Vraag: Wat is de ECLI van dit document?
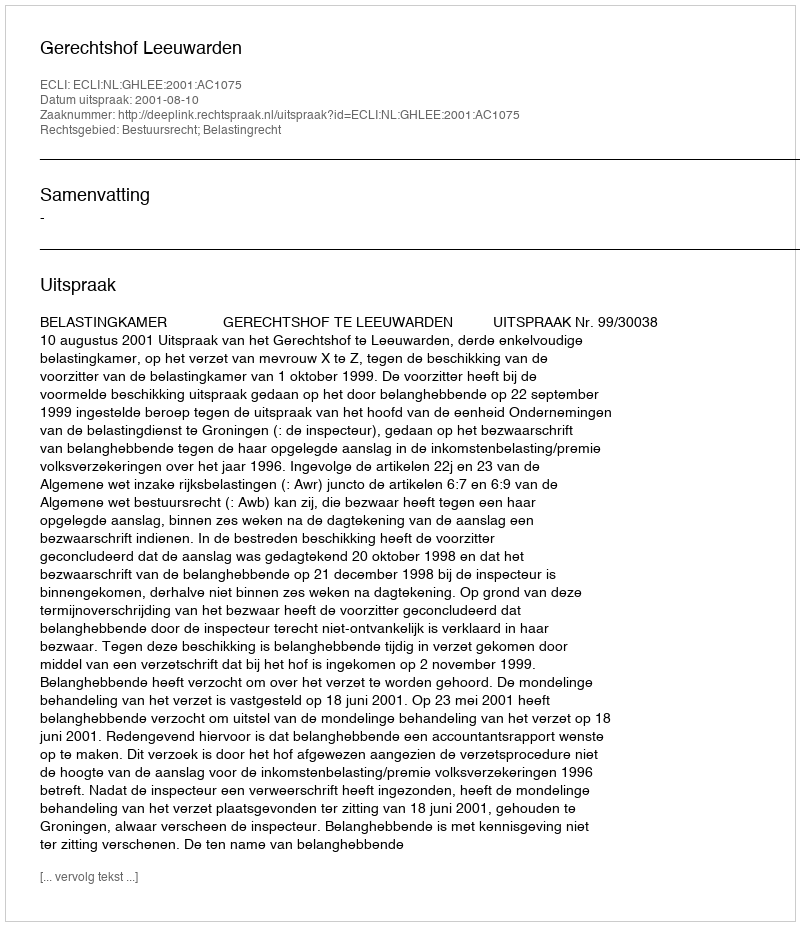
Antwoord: ECLI:NL:GHLEE:2001:AC1075